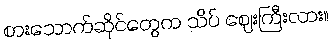
စားသောက်ဆိုင်တွေက သိပ် ဈေးကြီးလား။